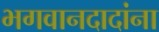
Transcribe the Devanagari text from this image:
भगवानदादांना